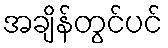
အချိန်တွင်ပင်